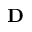
\textbf { D }